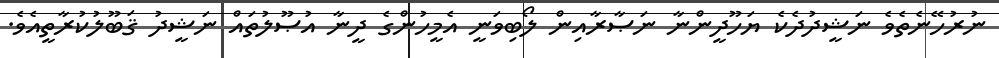
ނުރުހޭނެތެވެ ނަޝީދުދެކެ ޔަހޫދީންނާ ނަޞާރާއިން ލޯބިވަނީ އެމީހުންގެ ދީނާ އުޞޫލުތައް ނަޝީދު ޤަބޫލުކުރާތީއެވެ.